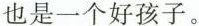
也是一个好孩子。